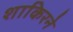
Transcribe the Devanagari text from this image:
शाकिरने